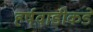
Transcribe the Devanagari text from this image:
हर्षवाडीकडे